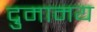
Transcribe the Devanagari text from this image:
द्रुमामय